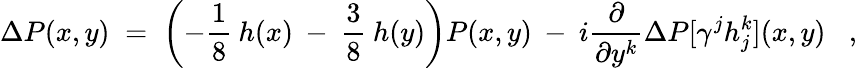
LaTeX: \Delta P(x,y)\; =\; \left(-\frac{1}{8}\: h(x)\: -\: \frac{3}{8}\: h(y)\right)P(x,y)\: -\: i\frac{\partial}{\partial y^{k}}\Delta P[\gamma^{j}h_{j}^{k}](x,y)\; \; \; ,